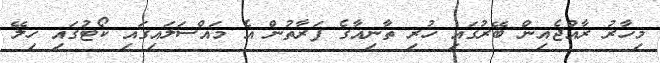
މިހާރު ރާއްޖެއިން ބޭރުގައި ހުރި ތާނިއާގެ ފަރާތުން އެ މައްސަލައިގައި ކޯޓުގައި ހިލޭ